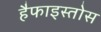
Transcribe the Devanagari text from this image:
हैफाइस्तोस